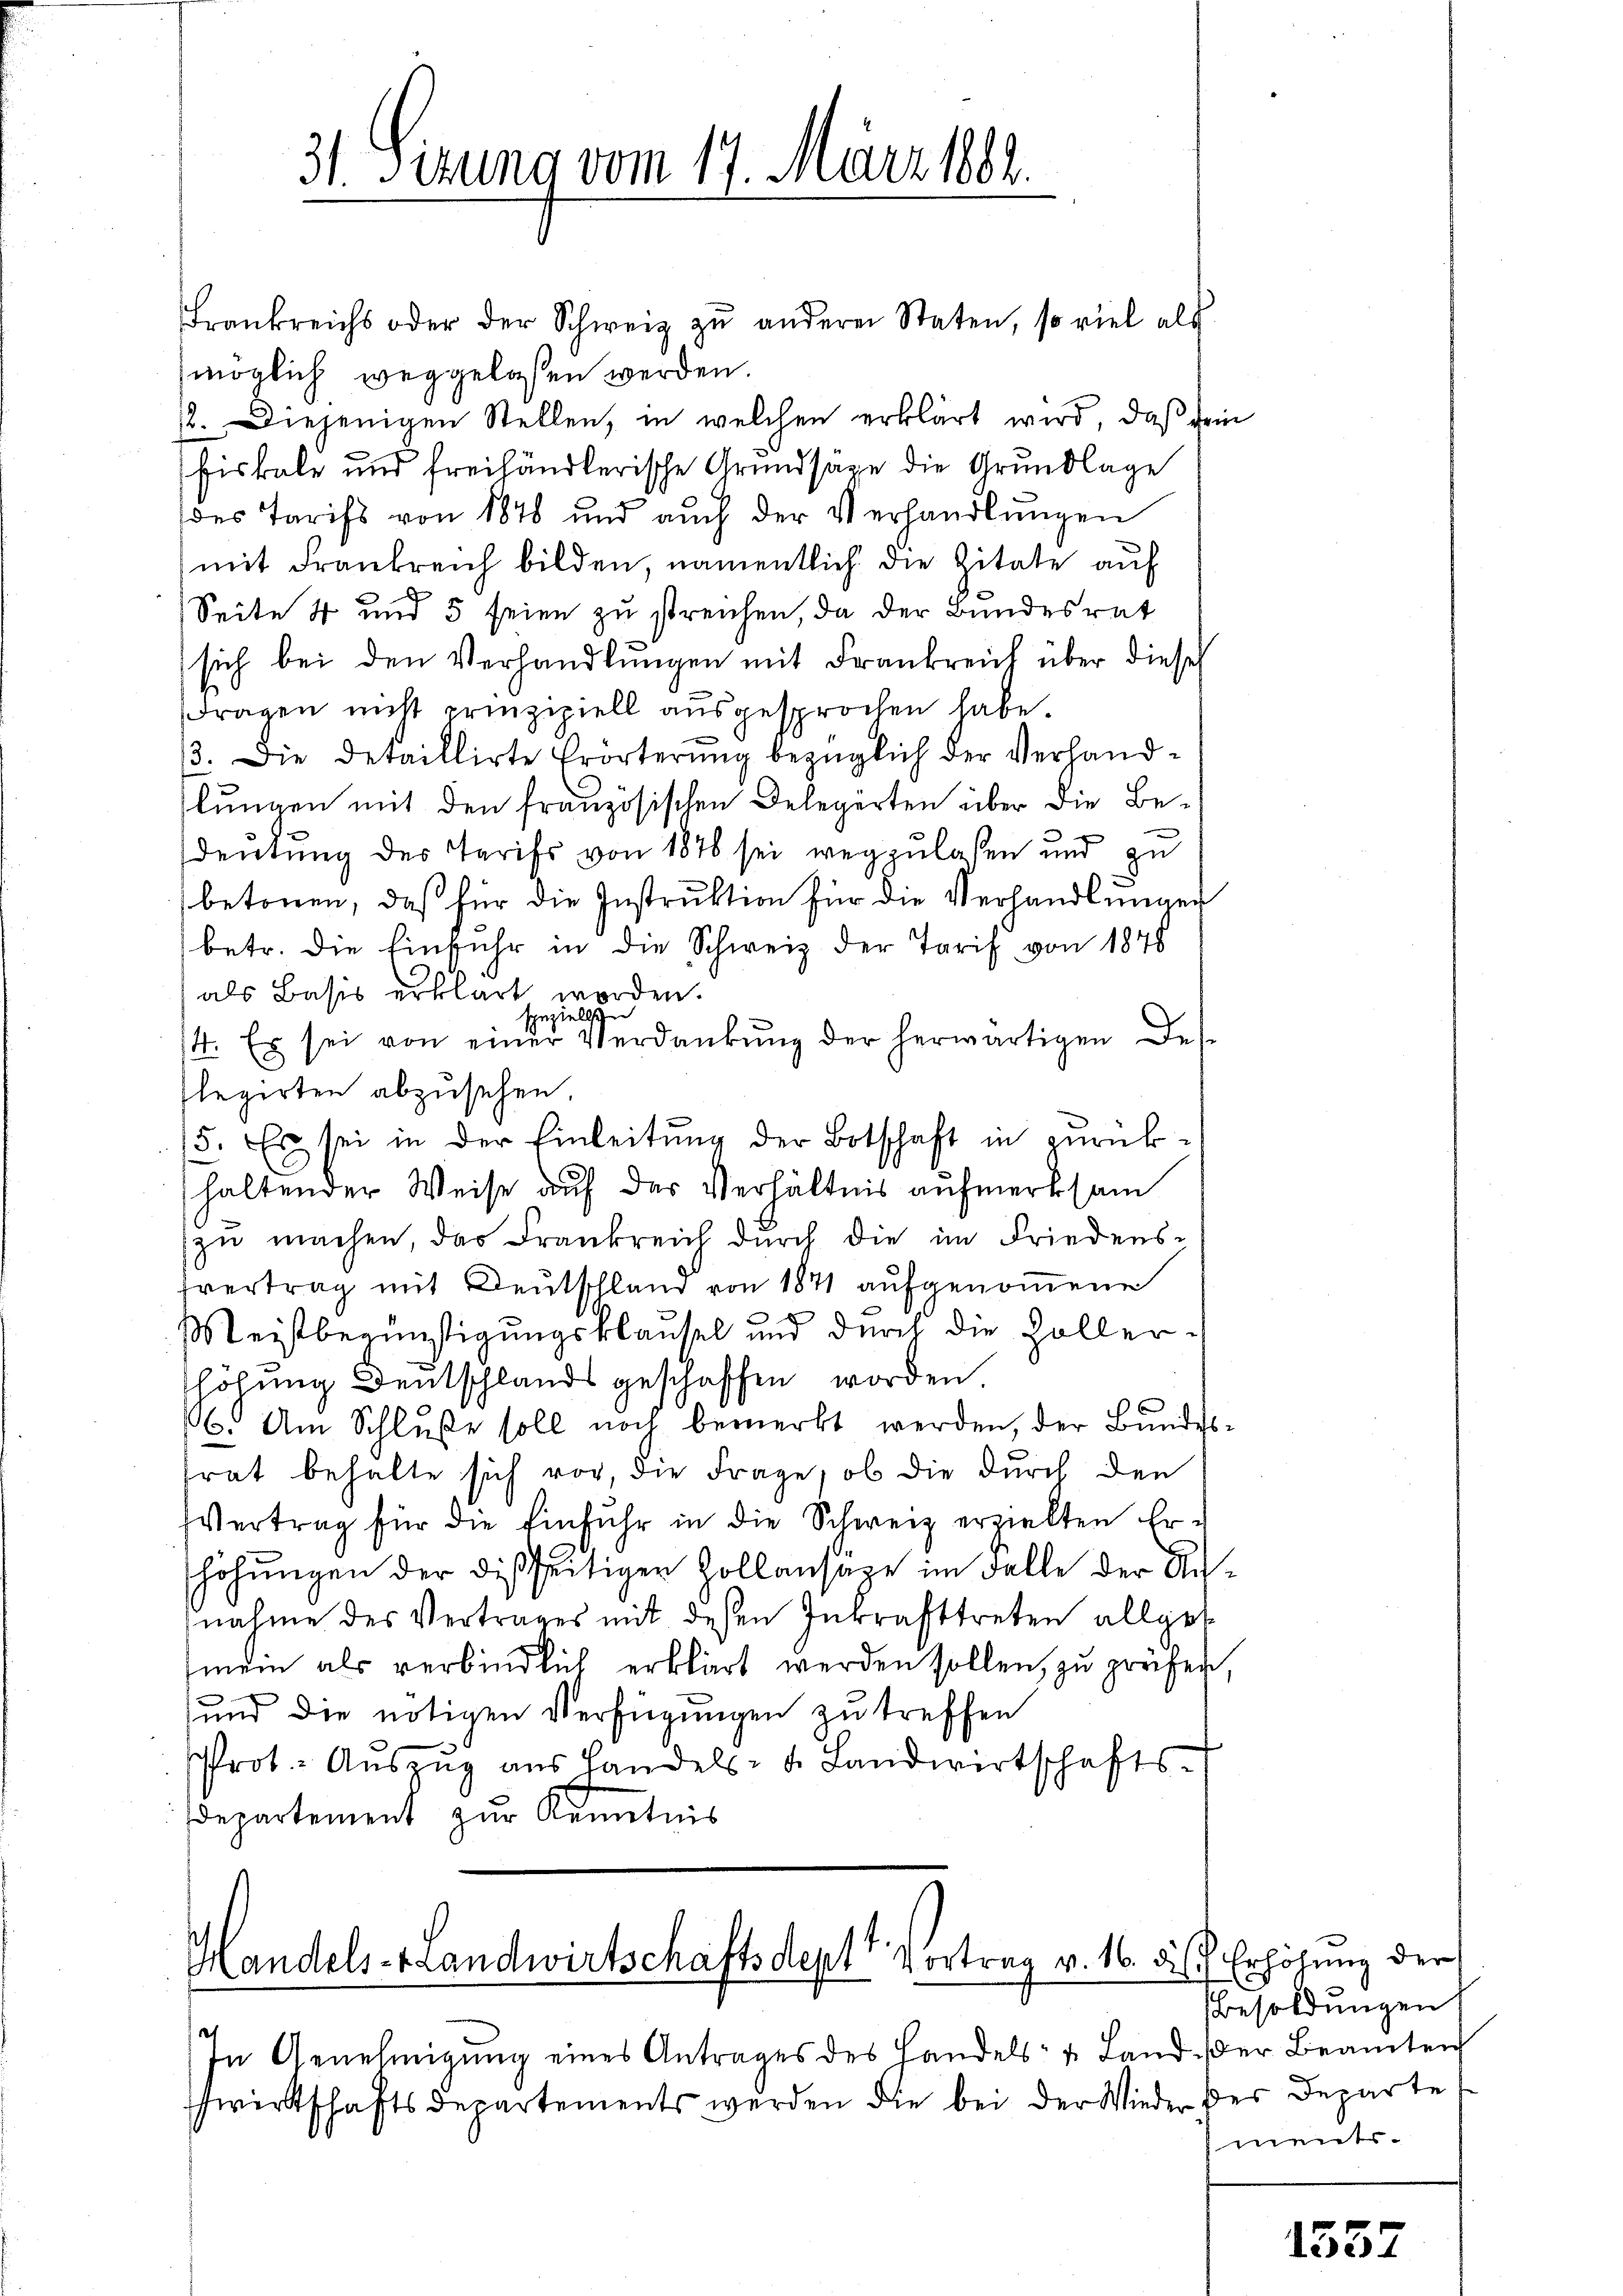
Frankreichs oder der Schweiz zŭ anderen Staten, so viel als
möglich weggelassen werden.
2. Diejenigen Stellen, in welchen erklärt wird, daß dein
fiskale und freihändlerische Grundsäge die Grundlage
des Tarifs von 1878 und auch der Verhandlungen
(mit Frankreich bilden, namentlich die Zitate auf
Seite 4 und 5 seien zu streichen, da der Bundesrat
sich bei den Verhandlungen mit Frankreich über diese
Fragen nicht prinzipiell ausgesprochen habe.
13. Die detaillirte Erörterung bezüglich der Verhandslungen mit den französischen Delegirten über die Bedeutung des Tarifs von 1876 sei wegzulaßen und zu
betonen, daß für die Instruktion für die Verhandlungen
betr. die Einfuhr in die Schweiz der Tarif von 1878
als Basis erklärt worden.
speziellschen
14. Es sei von einer Verdankŭng der herwärtigen Des-
Elegirten abzusehen
15. Es sei in der Einleitung der Botschaft in zurückhaltender Weise auf der Verhältnis aufmerksam
zu machen, das Frankreich durch die im Friedens-
tvertrag mit Deutschland von 1871 aufgenommene
Meistbegünstigungsklausel und durch die Zollerhöhung Deutschlands geschaffen worden.
6. Am Schlŭβe soll noch bemerkt werden, der Bundes-
trat behalte sich vor, die Frage, ob die durch den
Vertrag für die Einfuhr in die Schweiz erzielten Er-
höhungen der dießseitigen Zollansäze im Falle der Annahme des Vertrages mit deßen Inkrafttreten allges
mein als verbindlich erklärt werden sollen, zu prüfen,
und die nötigen Verfügungen zu treffen
Prot. Aŭszŭg aŭs Handels- u. Landwirtschafts-
departement zur Kenntnis

Handels- Landwirtschäftsdept Vortrag v. 16. des Erhöhung der
h
In Genehmigŭng eines Antrages des Handels- u. Land, der Beamten

31. Sizung vom 17. März 1882.

cwirtschaftsdepartements werden die bei der Wieder der Departe

Besoldungen
ment.

1552